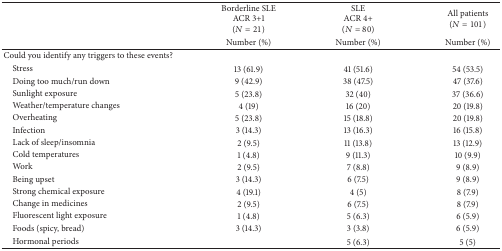
<table><thead><tr><td><b> </b></td><td><b>Borderline SLEACR 3+1 (<i>N</i> = 21)</b></td><td><b>SLEACR 4+(<i>N</i> = 80)</b></td><td><b>All patients(<i>N</i> = 101)</b></td></tr><tr><td><b> </b></td><td><b>Number (%)</b></td><td><b>Number (%)</b></td><td><b>Number (%)</b></td></tr></thead><tbody><tr><td>Could you identify any triggers to these events?</td><td> </td><td> </td><td> </td></tr><tr><td> Stress</td><td>13 (61.9)</td><td>41 (51.6) </td><td>54 (53.5)</td></tr><tr><td> Doing too much/run down</td><td>9 (42.9)</td><td>38 (47.5)</td><td>47 (37.6)</td></tr><tr><td> Sunlight exposure</td><td>5 (23.8)</td><td>32 (40)</td><td>37 (36.6)</td></tr><tr><td> Weather/temperature changes</td><td>4 (19)</td><td>16 (20)</td><td>20 (19.8)</td></tr><tr><td> Overheating</td><td>5 (23.8)</td><td>15 (18.8)</td><td>20 (19.8)</td></tr><tr><td> Infection</td><td>3 (14.3)</td><td>13 (16.3)</td><td>16 (15.8)</td></tr><tr><td> Lack of sleep/insomnia</td><td>2 (9.5)</td><td>11 (13.8)</td><td>13 (12.9)</td></tr><tr><td> Cold temperatures</td><td>1 (4.8)</td><td>9 (11.3)</td><td>10 (9.9)</td></tr><tr><td> Work </td><td>2 (9.5)</td><td>7 (8.8)</td><td>9 (8.9)</td></tr><tr><td> Being upset</td><td>3 (14.3)</td><td>6 (7.5)</td><td>9 (8.9)</td></tr><tr><td> Strong chemical exposure </td><td>4 (19.1)</td><td>4 (5)</td><td>8 (7.9)</td></tr><tr><td> Change in medicines</td><td>2 (9.5)</td><td>6 (7.5)</td><td>8 (7.9)</td></tr><tr><td> Fluorescent light exposure</td><td>1 (4.8)</td><td>5 (6.3)</td><td>6 (5.9)</td></tr><tr><td> Foods (spicy, bread)</td><td>3 (14.3)</td><td>3 (3.8)</td><td>6 (5.9)</td></tr><tr><td> Hormonal periods</td><td> </td><td>5 (6.3)</td><td>5 (5)</td></tr></tbody></table>